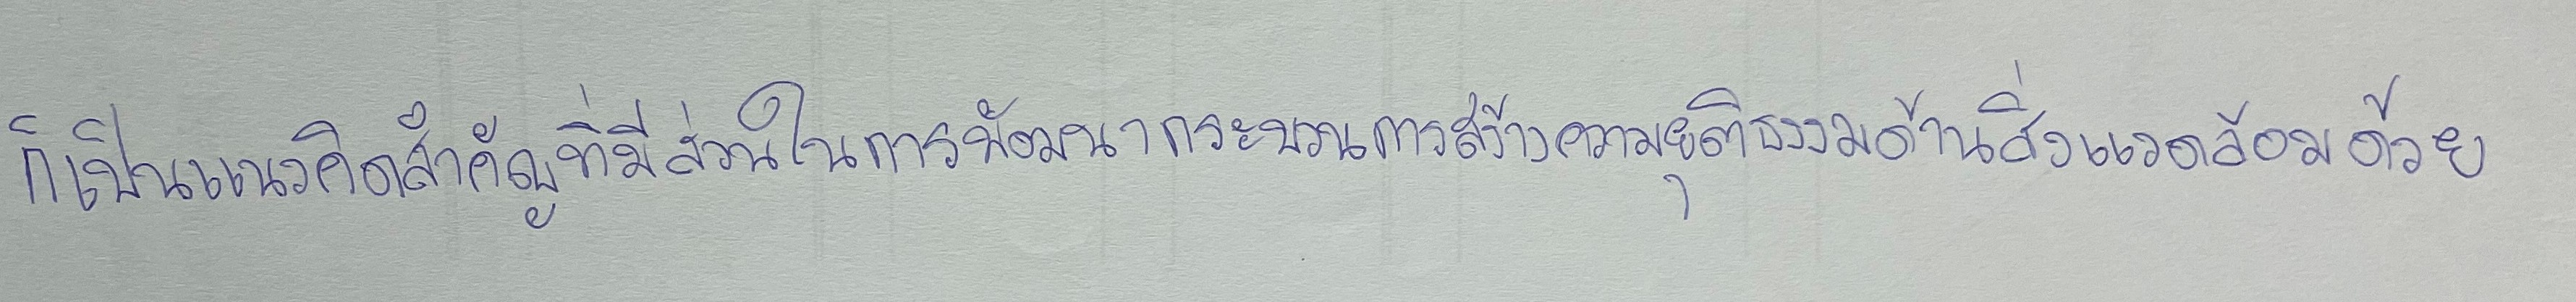
ก็เป็นแนวคิดสำคัญที่มีส่วนในการพัฒนากระบวนการสร้างความยุติธรรมด้านสิ่งแวดล้อมด้วย